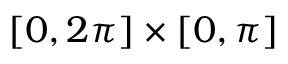
[ 0 , 2 \pi ] \times [ 0 , \pi ]